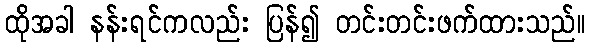
ထိုအခါ နန်းရင်ကလည်း ပြန်၍ တင်းတင်းဖက်ထားသည်။